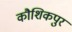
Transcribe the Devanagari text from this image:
कौशिकपुर